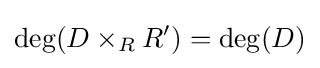
\deg(D\times _{R}R')=\deg(D)